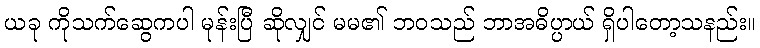
ယခု ကိုသက်ဆွေကပါ မုန်းပြီ ဆိုလျှင် မမ၏ ဘဝသည် ဘာအဓိပ္ပာယ် ရှိပါတော့သနည်း။